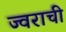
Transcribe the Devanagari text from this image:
ज्वराची